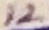
Text: 12